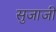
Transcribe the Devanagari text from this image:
सुजाजी